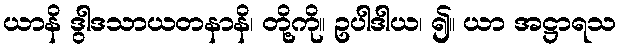
ယာနိ ဒွါဒသာယတနာနိ၊ တို့ကို။ ဥပါဒါယ၊ ၍။ ယာ အဋ္ဌာရသ